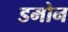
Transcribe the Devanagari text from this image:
डमोन